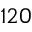
1 2 0